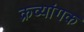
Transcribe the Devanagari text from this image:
क्रव्यांगक